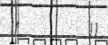
((         ))